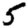
Digit: 5